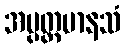
အပ္ပတ္တမာနသံ